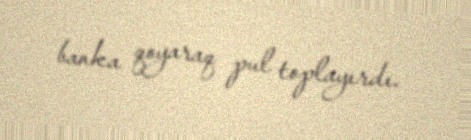
banka qoyaraq pul toplayırdı.